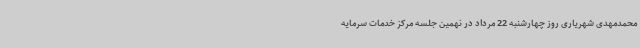
محمدمهدی شهریاری روز چهارشنبه 22 مرداد در نهمین جلسه مرکز خدمات سرمایه